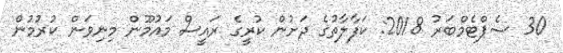
30 ސެޕްޓެމްބަރު 2018: ކަފާލާތުގެ ދަށުން ކުރީގެ ރައީސް މައުމޫން މިނިވަން ކުރުމުން